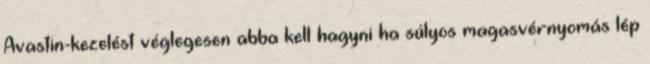
Avastin-kezelést véglegesen abba kell hagyni ha súlyos magasvérnyomás lép